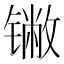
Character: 𬭯